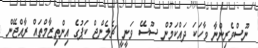
ނޫސްވެރިންނާ ވާހަކަ ދައްކަމުން ސޫސޭ ވަނީ ީ ޗެލެންޖް ކަޕުގެ އިންތިޒާމްތައް ރާއްޖޭން